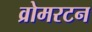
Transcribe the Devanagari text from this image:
व्रोमरटन